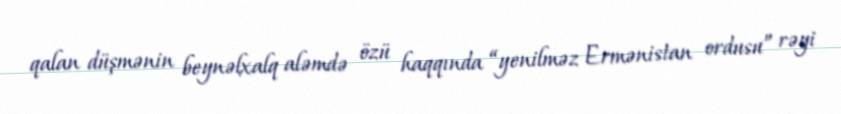
qalan düşmənin beynəlxalq aləmdə özü haqqında “yenilməz Ermənistan ordusu” rəyi